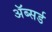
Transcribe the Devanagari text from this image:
ॲब्सर्ड